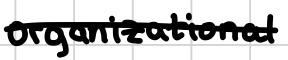
Text: organizational
Cross-out: mix
Writing tool: digital_black